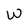
Character: W